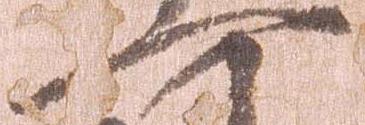
一